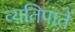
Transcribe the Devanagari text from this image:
व्यतिपाते